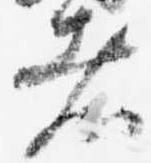
者